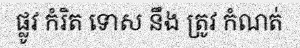
ផ្លូវ កំរិត ទោស នឹង ត្រូវ កំណត់